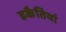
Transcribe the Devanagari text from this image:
डकैतियां